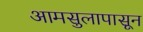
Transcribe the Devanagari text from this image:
आमसुलापासून